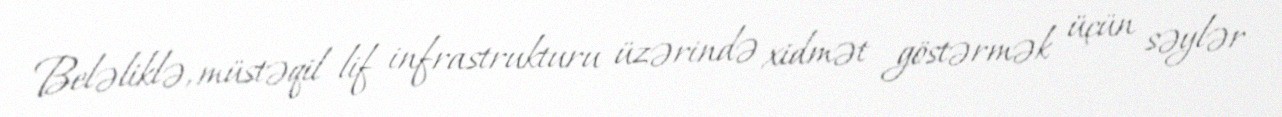
Beləliklə, müstəqil lif infrastrukturu üzərində xidmət göstərmək üçün səylər